system: You are a helpful assistant.
user:
Analyze the provided spectrum to determine if it is a **Carbon Star (C-type)**.

- **Key Visual Indicators of Carbon Star:**
    - **(Primary):** Strong molecular absorption from **C₂ (diatomic carbon) "Swan Bands."** This is the **defining feature** of a carbon star.
        - **(Key Bandheads):** Sharp absorption edges are visible at approximately $5635$ Å, $5165$ Å (the strongest band), and $4737$ Å.
        - **(Line Profile):** Creates a distinct **"saw-tooth"** pattern. The key morphology is a sharp, steep bandhead on the **red (long-wavelength) side**, which then gradually tapers off (i.e., flux recovers) towards the **blue (short-wavelength) side**. *(This is the direct opposite of the TiO bands seen in M-type stars)*.

    - **(Secondary):** Intense **CN (cyanogen)** molecular absorption bands.
        - **(Key Bandheads):** Located in the blue and violet regions of the spectrum (e.g., near $4215$ Å and $3883$ Å).
        - **(Morphology):** These bands are extremely broad and act as a "blanket," absorbing the vast majority of blue and violet light. This creates a characteristic **"cliff"** or **"steep drop-off"** in the spectrum's flux at short wavelengths.

    - **(Key Confirmation):** Strong **CH absorption band (G-band)**.
        - **(Key Bandhead):** Located around $4300$ Å. The contribution from CH molecules to this band is exceptionally strong.

    - **(Overall Spectrum):**
        - The continuum is severely "chopped up" by these deep molecular bands, especially C₂, rather than appearing as a smooth curve.
        - Due to the heavy CN and C₂ absorption in the blue-green, the vast majority of the star's flux is concentrated in the red part of the spectrum, giving the star its characteristic deep red color.

Think first, call **spectral_visualization_tool** if needed to examine features in detail, then provide your final answer. Your response must adhere to the following strict rules:
1.  **Overall Structure:** Your response must follow the format `<think>...</think> <tool_call>...</tool_call> (if a tool is used) <answer>...</answer>`.
2.  **Tool Usage Constraint:** You may only make **one** tool call per turn.
3.  **Final Answer Format:** In the `<answer>` tag, your conclusion must be inside a `\boxed{}` command (e.g., `\boxed{YES}`), followed by your justification.

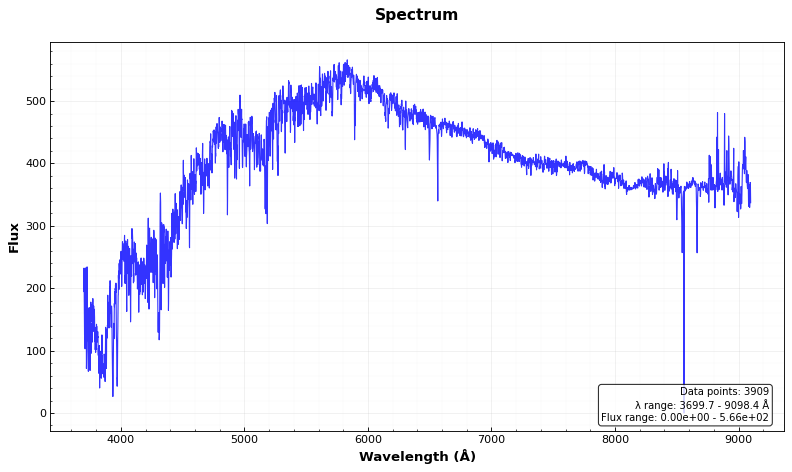
Answer: NO